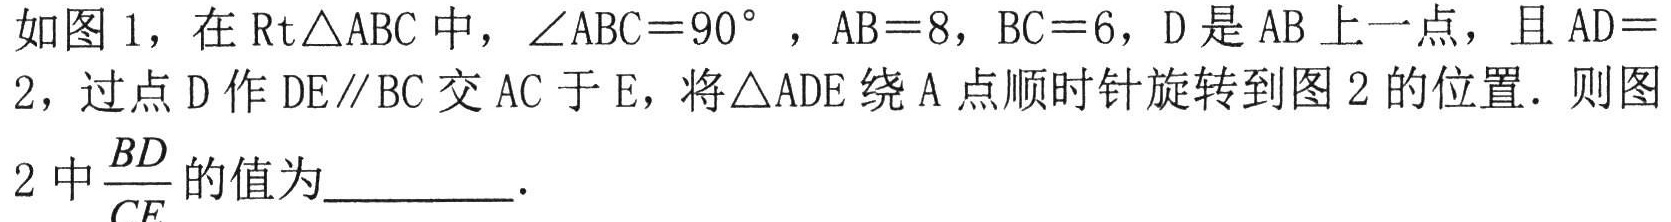
如图 1，在$\text{Rt}\triangle ABC$中，$\angle ABC = 90^{\circ}$，$AB = 8$，$BC = 6$，$D$是$AB$上一点，且$AD = 2$，过点$D$作$DE\parallel BC$交$AC$于$E$，将$\triangle ADE$绕$A$点顺时针旋转到图 2 的位置．则图2中$\frac{BD}{CE}$的值为_________．